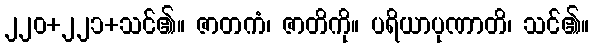
၂၂၀+၂၂၁+သင်၏။ ဇာတကံ၊ ဇာတိကို။ ပရိယာပုဏာတိ၊ သင်၏။